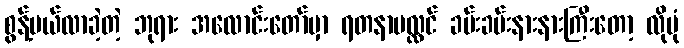
စွန့်ပယ်လာခဲ့တဲ့ ဘုရား အလောင်းတော်မှာ ရတနာပလ္လင် ခမ်းခမ်းနားနားကြီးတော့ လိုပုံ